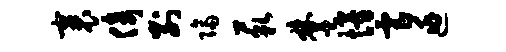
裹倚别隔藐楚慢虐逃